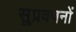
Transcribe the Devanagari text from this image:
सुप्रवचनों